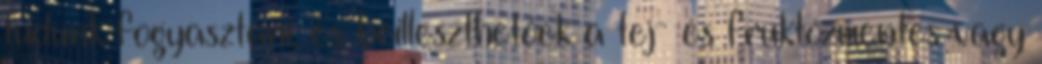
tudunk fogyasztani, és beilleszthetőek a tej- és fruktózmentes vagy